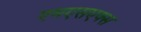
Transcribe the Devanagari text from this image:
एमएसएक्स